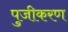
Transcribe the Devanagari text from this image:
पुजीकरण